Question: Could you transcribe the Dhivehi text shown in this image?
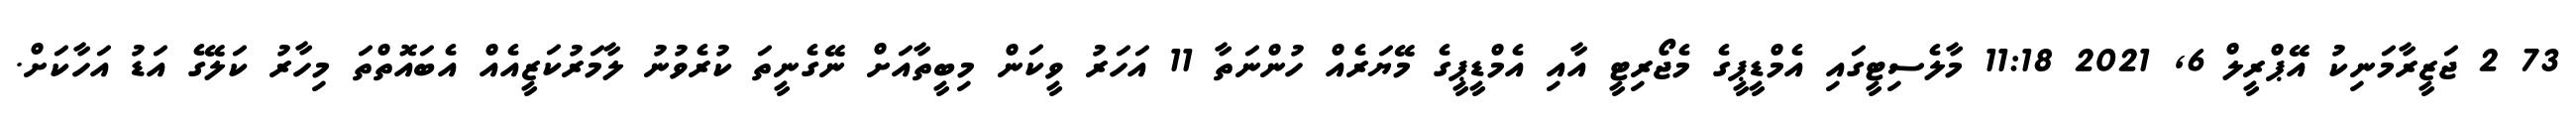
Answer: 73 2 ޖަޒީރާމަނިކު އޭޕްރީލް 6, 2021 11:18 މާލެސިޓީގައި އެމްޑީޕީގެ މެޖޯރިޓީ އާއި އެމްޑީޕީގެ މޭޔަރެއް ހުންނަތާ 11 އަހަރު ވީކަން މިބީތާއަށް ނޭގެނީތަ ކުރެވުނު ލާމަރުކަޒީއެއް އެބައޮތްތަ މިހާރު ކަލޭގެ އަޑު އަހާކަށް.